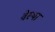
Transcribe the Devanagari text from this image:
वेस्था